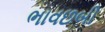
ભાવછબી